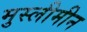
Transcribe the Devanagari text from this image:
मुस्लीमीन